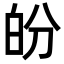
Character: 𤽉